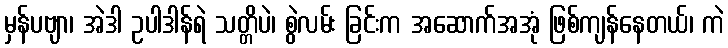
မှန်ပဗျာ၊ အဲဒါ ဥပါဒါန်ရဲ သတ္တိပဲ၊ စွဲလမ်း ခြင်းက အဆောက်အအုံ ဖြစ်ကျန်နေတယ်၊ ကဲ